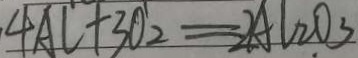
4 A L + 3 O _ { 2 } = 2 A l _ { 2 } O _ { 3 }